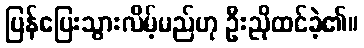
ပြန်ပြေးသွားလိမ့်မည်ဟု ဦးညိုထင်ခဲ့၏။